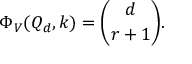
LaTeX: \Phi _ { V } ( Q _ { d } , k ) = { \binom { d } { r + 1 } } .